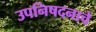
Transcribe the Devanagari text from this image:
उपनिषदनाचे